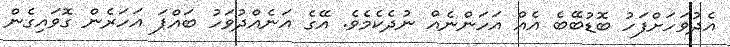
އެދުވަހަށްފަހު ބޮޑުބޭބެ އެއް އަހަންނެއް ނުދެކެމެވެ. އޭގެ އަނެއްދުވަހު ބައްޕަ އަހަރެން ގޮވައިގެން